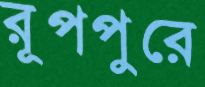
রূপপুরে